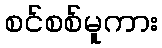
စင်စစ်မူကား